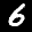
Label: 6